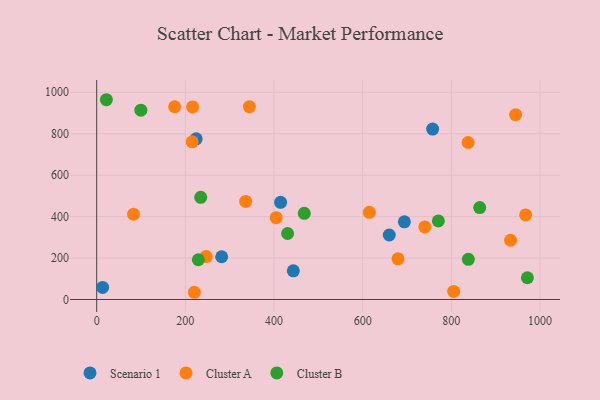
{"axis": {"x": "Distance", "y": "Yield"}, "legend": ["Cluster A", "Cluster B", "Scenario 1"], "data": [{"x": "694.1", "y": 374.9, "type": "Scenario 1"}, {"x": "13.4", "y": 58.4, "type": "Scenario 1"}, {"x": "414.9", "y": 468.8, "type": "Scenario 1"}, {"x": "660.0", "y": 311.3, "type": "Scenario 1"}, {"x": "224.4", "y": 775.5, "type": "Scenario 1"}, {"x": "443.6", "y": 138.4, "type": "Scenario 1"}, {"x": "757.8", "y": 822.4, "type": "Scenario 1"}, {"x": "281.9", "y": 206.2, "type": "Scenario 1"}, {"x": "615.1", "y": 420.7, "type": "Cluster A"}, {"x": "933.7", "y": 285.8, "type": "Cluster A"}, {"x": "837.9", "y": 757.5, "type": "Cluster A"}, {"x": "967.7", "y": 408.3, "type": "Cluster A"}, {"x": "740.2", "y": 350.2, "type": "Cluster A"}, {"x": "220.3", "y": 34.8, "type": "Cluster A"}, {"x": "83.1", "y": 411.3, "type": "Cluster A"}, {"x": "805.3", "y": 38.8, "type": "Cluster A"}, {"x": "344.5", "y": 930.5, "type": "Cluster A"}, {"x": "215.4", "y": 761.0, "type": "Cluster A"}, {"x": "175.9", "y": 930.1, "type": "Cluster A"}, {"x": "679.8", "y": 196.2, "type": "Cluster A"}, {"x": "404.9", "y": 394.6, "type": "Cluster A"}, {"x": "336.1", "y": 473.4, "type": "Cluster A"}, {"x": "945.0", "y": 891.8, "type": "Cluster A"}, {"x": "216.3", "y": 929.3, "type": "Cluster A"}, {"x": "247.0", "y": 206.9, "type": "Cluster A"}, {"x": "770.8", "y": 379.3, "type": "Cluster B"}, {"x": "430.7", "y": 318.4, "type": "Cluster B"}, {"x": "234.7", "y": 492.9, "type": "Cluster B"}, {"x": "864.1", "y": 443.5, "type": "Cluster B"}, {"x": "468.3", "y": 415.8, "type": "Cluster B"}, {"x": "21.9", "y": 964.0, "type": "Cluster B"}, {"x": "971.6", "y": 104.9, "type": "Cluster B"}, {"x": "838.4", "y": 193.9, "type": "Cluster B"}, {"x": "229.3", "y": 191.7, "type": "Cluster B"}, {"x": "99.7", "y": 913.6, "type": "Cluster B"}]}